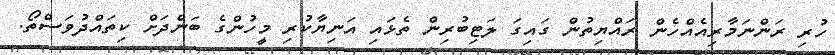
ހުރި ރަންނަމާރިއެއްހެން ރައްޔިތުން ގައިގަ ލަޓިބުރިން ތެޅައި އަނިޔާކުރި މީހުންގެ ބަންދަށް ކިތައްދުވަސްތޯ.